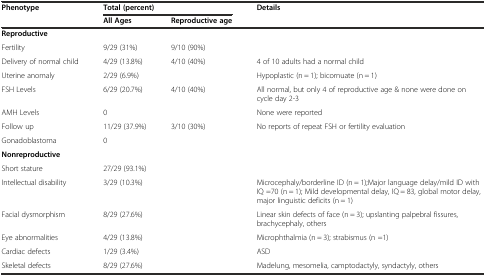
| Phenotype | <COLSPAN=2> Total (percent) | Details |
 |  | All Ages | Reproductive age |  |
 | --- | --- | --- | --- |
 | Reproductive |  |  |  |
 | Fertility | 9/29 (31%) | 9/10 (90%) |  |
 | Delivery of normal child | 4/29 (13.8%) | 4/10 (40%) | 4 of 10 adults had a normal child |
 | Uterine anomaly | 2/29 (6.9%) |  | Hypoplastic (n = 1); bicornuate (n = 1) |
 | FSH Levels | 6/29 (20.7%) | 4/10 (40%) | All normal, but only 4 of reproductive age & none were done on cycle day 2-3 |
 | AMH Levels | 0 |  | None were reported |
 | Follow up | 11/29 (37.9%) | 3/10 (30%) | No reports of repeat FSH or fertility evaluation |
 | Gonadoblastoma | 0 |  |  |
 | Nonreproductive |  |  |  |
 | Short stature | 27/29 (93.1%) |  |  |
 | Intellectual disability | 3/29 (10.3%) |  | Microcephaly/borderline ID (n = 1);Major language delay/mild ID with IQ =70 (n = 1); Mild developmental delay, IQ = 83, global motor delay, major linguistic deficits (n = 1) |
 | Facial dysmorphism | 8/29 (27.6%) |  | Linear skin defects of face (n = 3); upslanting palpebral fissures, brachycephaly, others |
 | Eye abnormalities | 4/29 (13.8%) |  | Microphthalmia (n = 3); strabismus (n =1) |
 | Cardiac defects | 1/29 (3.4%) |  | ASD |
 | Skeletal defects | 8/29 (27.6%) |  | Madelung, mesomelia, camptodactyly, syndactyly, others |